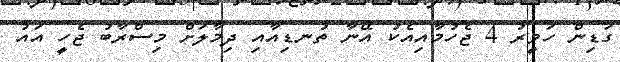
ގަޑިން ހަވީރު 4 ޖެހުމާއިއެކު އޭނާ ތުނޑިއާއި ދިމާލަށް މިސްރާބު ޖެހީ އައު